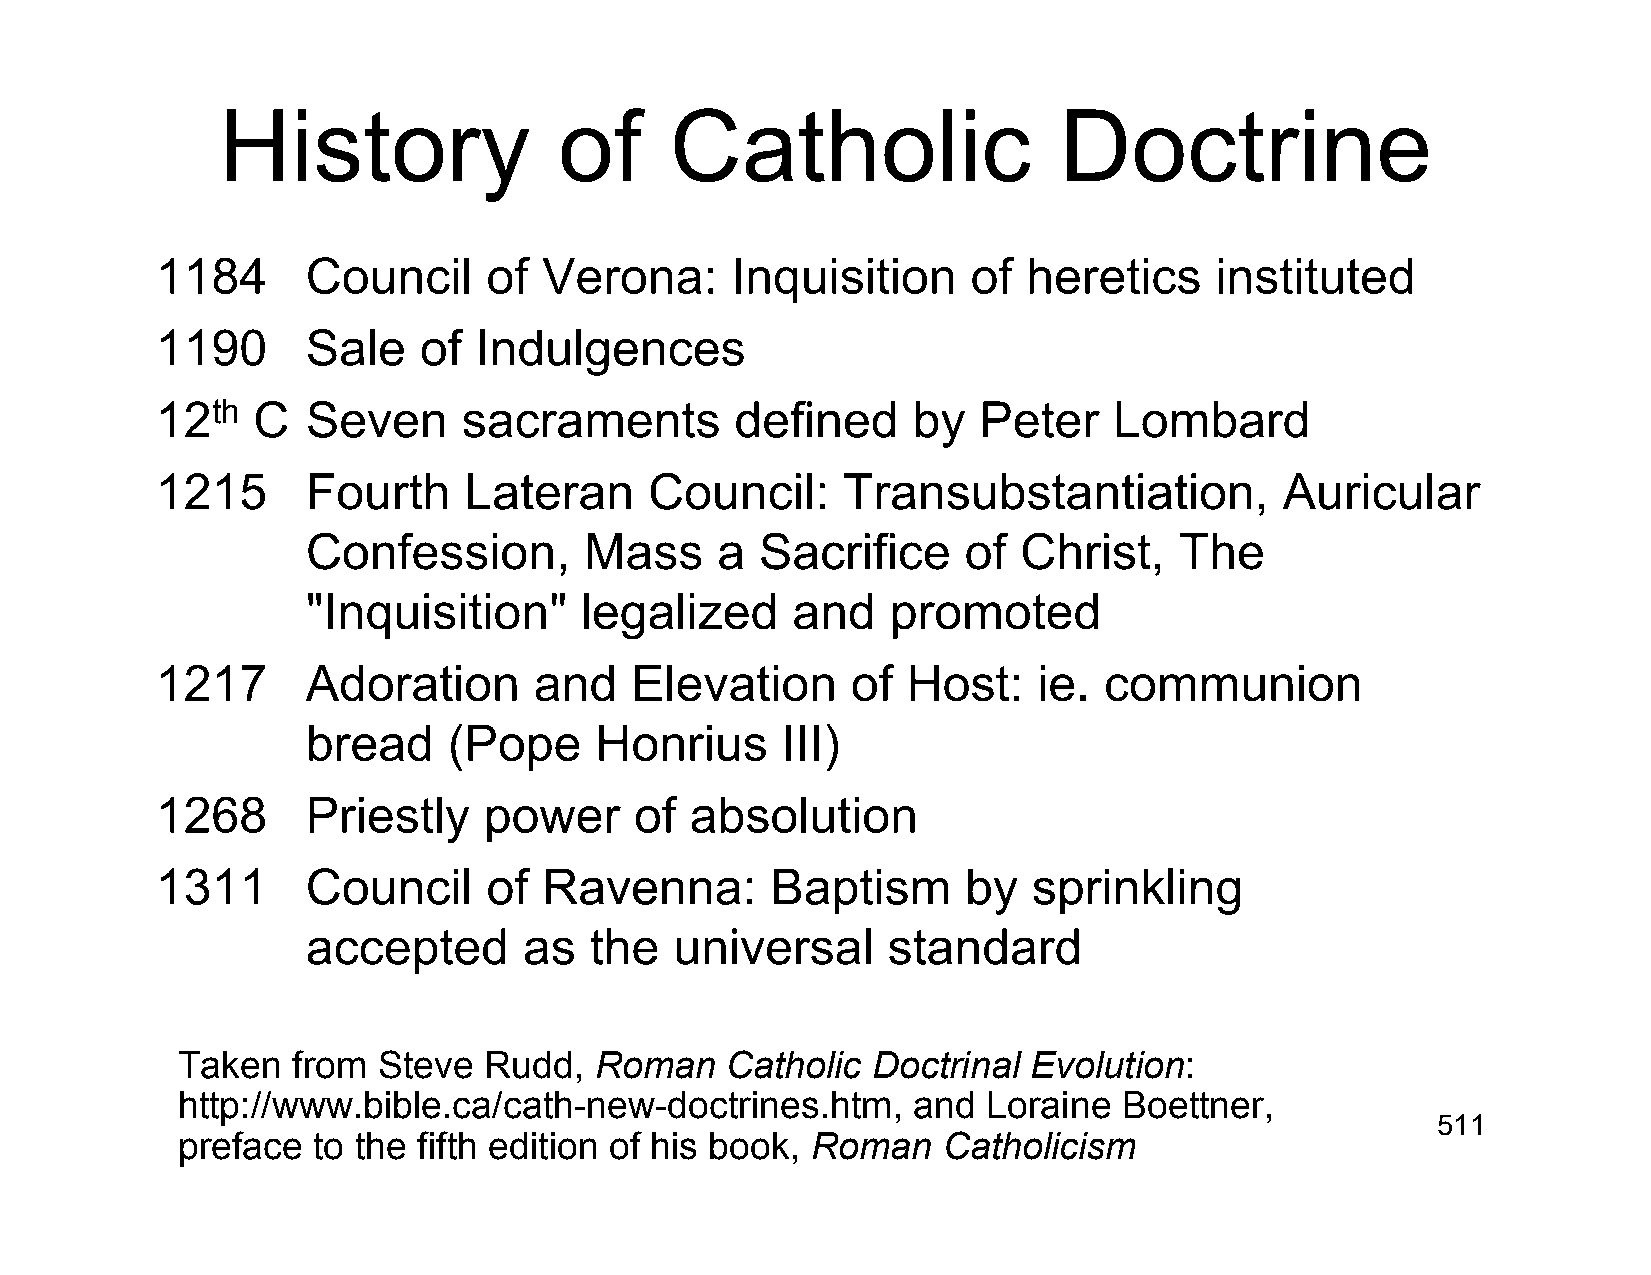
History                of     Catholic                  Doctrine
 1184      Council     of  Verona:     Inquisition     of  heretics    instituted
 1190      Sale    of Indulgences
 12th   C  Seven      sacraments        defined    by   Peter    Lombard
 1215      Fourth     Lateran     Council:     Transubstantiation,          Auricular
 Confession,        Mass    a  Sacrifice     of  Christ,   The
 "Inquisition"     legalized     and    promoted
 1217      Adoration      and    Elevation     of  Host:    ie. communion
 bread     (Pope    Honrius      III)
 1268      Priestly    power     of  absolution
 1311      Council     of  Ravenna:       Baptism      by  sprinkling
 accepted       as  the   universal     standard
 Taken  from  Steve  Rudd,  Roman    Catholic  Doctrinal Evolution:
 http://www.bible.ca/cath-new-doctrines.htm,     and  Loraine  Boettner,
 511
 preface  to the fifth edition of his book, Roman  Catholicism